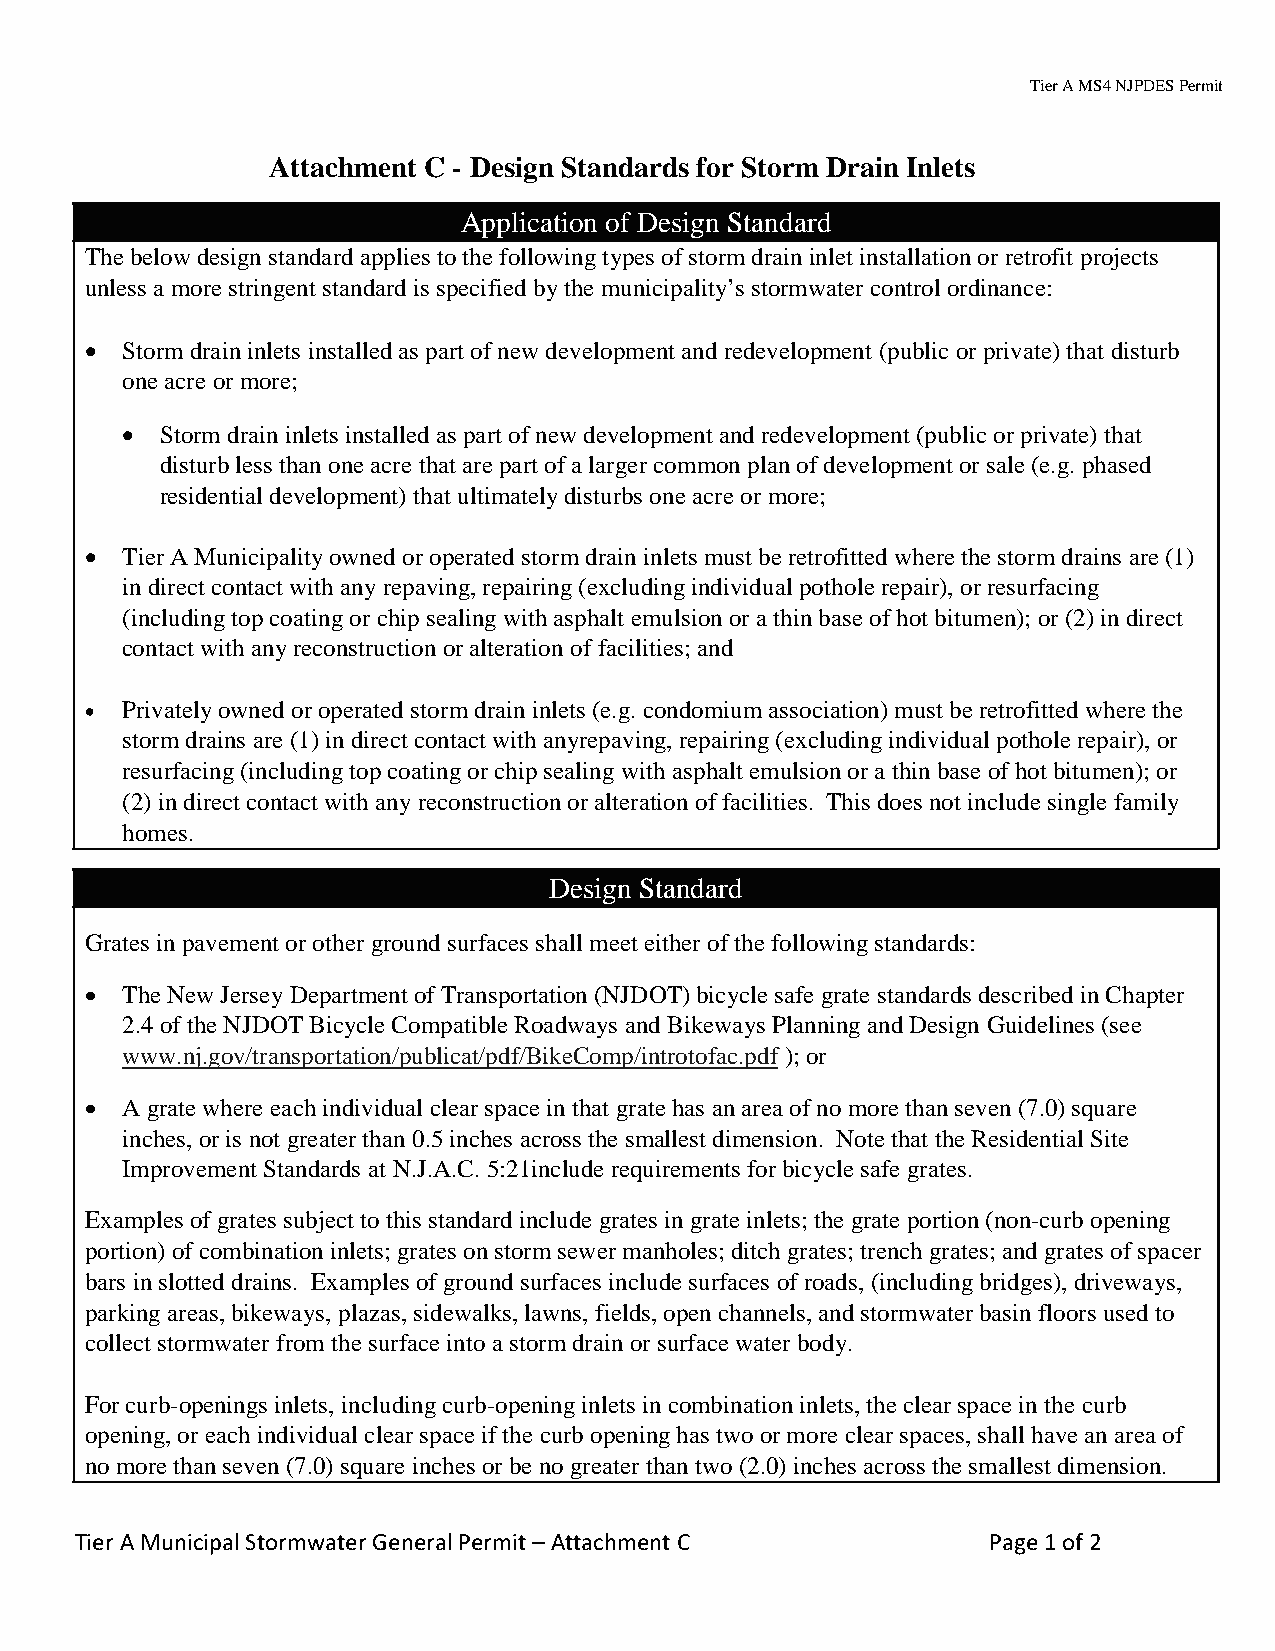
Tier A MS4 NJPDES Permit
 Attachment C - Design Standards for Storm Drain Inlets
 Application of Design Standard
 The below design standard applies to the following types of storm drain inlet installation or retrofit projects
 unless a more stringent standard is specified by the municipality’s stormwater control ordinance:
 • Storm drain inlets installed as part of new development and redevelopment (public or private) that disturb
 one acre or more;
 •  Storm drain inlets installed as part of new development and redevelopment (public or private) that
 disturb less than one acre that are part of a larger common plan of development or sale (e.g. phased
 residential development) that ultimately disturbs one acre or more;
 • Tier A Municipality owned or operated storm drain inlets must be retrofitted where the storm drains are (1)
 in direct contact with any repaving, repairing (excluding individual pothole repair), or resurfacing
 (including top coating or chip sealing with asphalt emulsion or a thin base of hot bitumen); or (2) in direct
 contact with any reconstruction or alteration of facilities; and
 • Privately owned or operated storm drain inlets (e.g. condomium association) must be retrofitted where the
 storm drains are (1) in direct contact with anyrepaving, repairing (excluding individual pothole repair), or
 resurfacing (including top coating or chip sealing with asphalt emulsion or a thin base of hot bitumen); or
 (2) in direct contact with any reconstruction or alteration of facilities. This does not include single family
 homes.
 Design Standard
 Grates in pavement or other ground surfaces shall meet either of the following standards:
 • The New Jersey Department of Transportation (NJDOT) bicycle safe grate standards described in Chapter
 2.4 of the NJDOT Bicycle Compatible Roadways and Bikeways Planning and Design Guidelines (see
 www.nj.gov/transportation/publicat/pdf/BikeComp/introtofac.pdf ); or
 • A grate where each individual clear space in that grate has an area of no more than seven (7.0) square
 inches, or is not greater than 0.5 inches across the smallest dimension. Note that the Residential Site
 Improvement Standards at N.J.A.C. 5:21include requirements for bicycle safe grates.
 Examples of grates subject to this standard include grates in grate inlets; the grate portion (non-curb opening
 portion) of combination inlets; grates on storm sewer manholes; ditch grates; trench grates; and grates of spacer
 bars in slotted drains. Examples of ground surfaces include surfaces of roads, (including bridges), driveways,
 parking areas, bikeways, plazas, sidewalks, lawns, fields, open channels, and stormwater basin floors used to
 collect stormwater from the surface into a storm drain or surface water body.
 For curb-openings inlets, including curb-opening inlets in combination inlets, the clear space in the curb
 opening, or each individual clear space if the curb opening has two or more clear spaces, shall have an area of
 no more than seven (7.0) square inches or be no greater than two (2.0) inches across the smallest dimension.
 Tier A Municipal Stormwater General Permit – Attachment C    Page 1 of 2